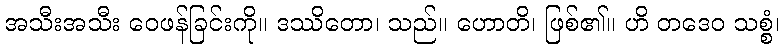
အသီးအသီး ဝေဖန်ခြင်းကို။ ဒဿိတော၊ သည်။ ဟောတိ၊ ဖြစ်၏။ ဟိ တဒေဝ သစ္စံ၊